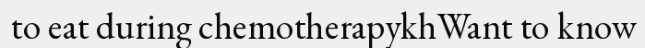
to eat during chemotherapykhWant to know